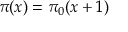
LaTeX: ~ \pi ( x ) = \pi _ { 0 } ( x + 1 )